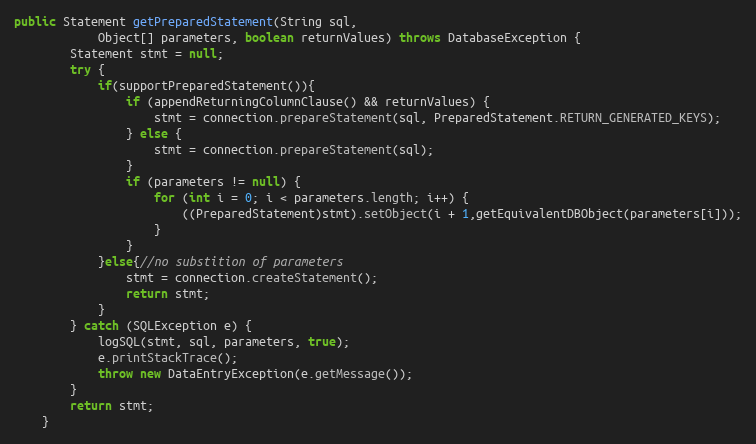
Language: Java
public Statement getPreparedStatement(String sql,
			Object[] parameters, boolean returnValues) throws DatabaseException {
		Statement stmt = null;
		try {
			if(supportPreparedStatement()){
				if (appendReturningColumnClause() && returnValues) {
					stmt = connection.prepareStatement(sql, PreparedStatement.RETURN_GENERATED_KEYS);
				} else {
					stmt = connection.prepareStatement(sql);
				}
				if (parameters != null) {
					for (int i = 0; i < parameters.length; i++) {
						((PreparedStatement)stmt).setObject(i + 1,getEquivalentDBObject(parameters[i]));
					}
				}
			}else{//no substition of parameters
				stmt = connection.createStatement();
				return stmt;
			}
		} catch (SQLException e) {
			logSQL(stmt, sql, parameters, true);
			e.printStackTrace();
			throw new DataEntryException(e.getMessage());
		}
		return stmt;
	}